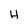
Character: H